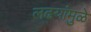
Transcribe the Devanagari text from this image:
लढयांमुळे